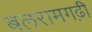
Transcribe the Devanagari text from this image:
बलरामगढ़ी